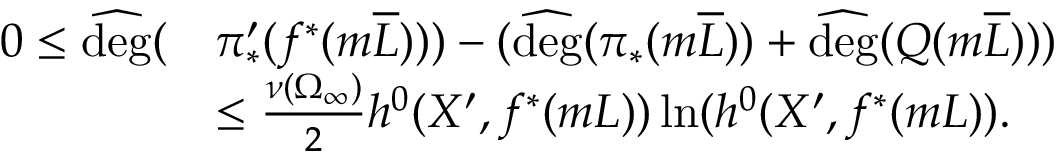
\begin{array} { r l } { 0 \leq \widehat { \mathrm { d e g } } ( } & { \pi _ { * } ^ { \prime } ( f ^ { * } ( m \overline { L } ) ) ) - ( \widehat { \mathrm { d e g } } ( \pi _ { * } ( m \overline { L } ) ) + \widehat { \mathrm { d e g } } ( Q ( m \overline { L } ) ) ) } \\ & { \leq \frac { \nu ( \Omega _ { \infty } ) } { 2 } h ^ { 0 } ( X ^ { \prime } , f ^ { * } ( m L ) ) \ln ( h ^ { 0 } ( X ^ { \prime } , f ^ { * } ( m L ) ) . } \end{array}